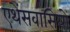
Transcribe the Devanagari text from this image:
एथेंसवासियों